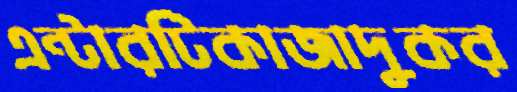
এন্টারটিকাজাদুকর